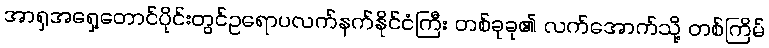
အာရှအရှေ့တောင်ပိုင်းတွင်ဥရောပလက်နက်နိုင်ငံကြီး တစ်ခုခု၏ လက်အောက်သို့ တစ်ကြိမ်